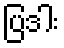
ပြဒါး